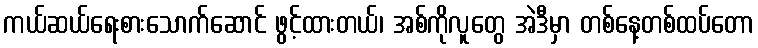
ကယ်ဆယ်ရေးစားသောက်ဆောင် ဖွင့်ထားတယ်၊ အစ်ကိုလူတွေ အဲဒီမှာ တစ်နေ့တစ်ထပ်တော